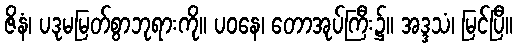
ဇိနံ၊ ပဒုမမြတ်စွာဘုရားကို။ ပဝနေ၊ တောအုပ်ကြီး၌။ အဒ္ဒသံ၊ မြင်ပြီ။